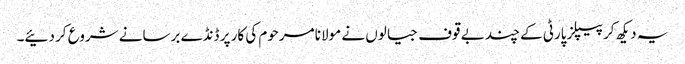
یہ دیکھ کر پیپلز پارٹی کے چند بے قوف جیالوں نے مولانا مرحوم کی کار پر ڈنڈے برسانے شروع کر دئیے۔